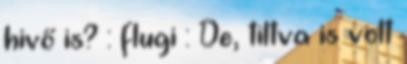
hivő is? : flugi : De, tiltva is volt